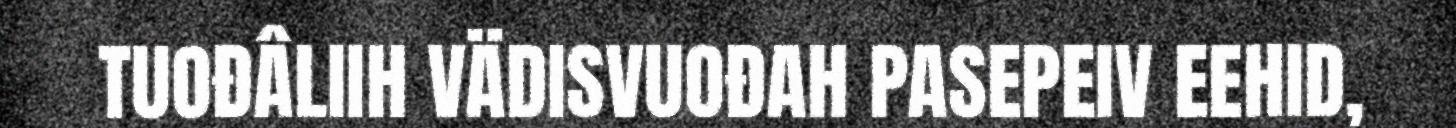
TUOĐÂLIIH VÄDISVUOĐAH PASEPEIV EEHID,